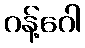
ဂန့်ဂေါ